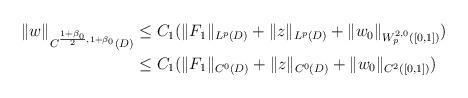
LaTeX: \begin{align*}\begin{aligned}\|w\|_{C^{\frac{1+\beta_0}{2},1+\beta_0}(D)} &\leq C_1(\|F_1\|_{L^p(D)} + \|z\|_{L^p(D)}+ \|w_0\|_{W^{2,0}_{p}([0,1])})\\& \leq C_1(\|F_1\|_{C^0(D)} +\|z\|_{C^0(D)}+ \|w_0\|_{C^{2}([0,1])})\\\end{aligned}\end{align*}